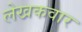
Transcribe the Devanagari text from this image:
लेखकवार